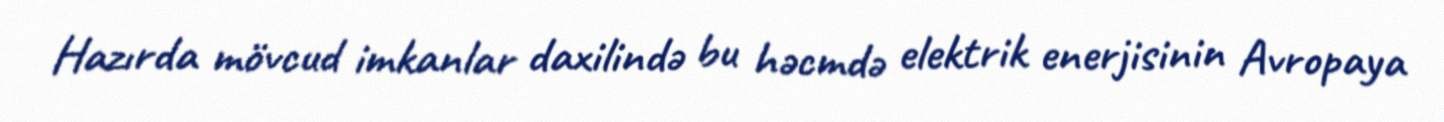
Hazırda mövcud imkanlar daxilində bu həcmdə elektrik enerjisinin Avropaya